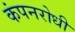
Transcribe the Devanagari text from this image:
कंपनरोधी